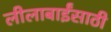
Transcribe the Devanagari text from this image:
लीलाबाईंसाठी